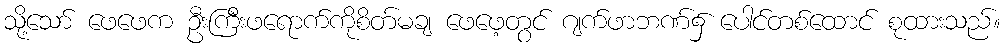
သို့သော် ဖေဖေက ဦးကြီးဖရောက်ကိုစိတ်မချ ဖေဖေ့တွင် ဂျက်ဖာဘဏ်၌ ပေါင်တစ်ထောင် စုထားသည်။